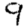
Digit: 9